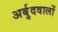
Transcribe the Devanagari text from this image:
अर्बुदवालों